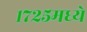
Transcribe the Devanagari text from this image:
१७२५मध्ये